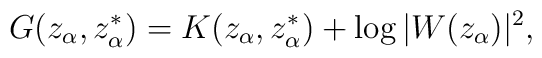
G(z_{\alpha}, z^{*}_{\alpha})= K(z_{\alpha}, z^{*}_{\alpha})+\log|W(z_{\alpha})|^{2},